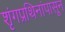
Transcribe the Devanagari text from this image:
शृंगप्रथिनांपासून